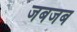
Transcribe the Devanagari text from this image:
जबजब